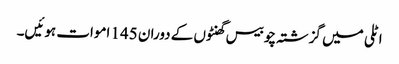
اٹلی میں گزشتہ چوبیس گھنٹوں کے دوران 145 اموات ہوئیں۔